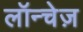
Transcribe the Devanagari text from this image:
लॉन्चेज़